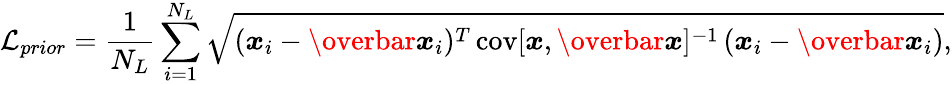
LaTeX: \mathcal{L}_{prior}=\frac{1}{N_{L}}\sum_{i=1}^{N_{L}}\sqrt{(\boldsymbol{x}_{i}-\overbar{\boldsymbol{x}}_{i})^{T}\, \mathrm{cov}[\boldsymbol{x},\overbar{\boldsymbol{x}}]^{-1}\, (\boldsymbol{x}_{i}-\overbar{\boldsymbol{x}}_{i})},